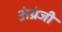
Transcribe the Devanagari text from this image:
अंग्रंजी